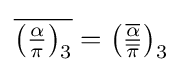
{\overline {\left({\tfrac {\alpha }{\pi }}\right)_{3}}}=\left({\tfrac {\overline {\alpha }}{\overline {\pi }}}\right)_{3}